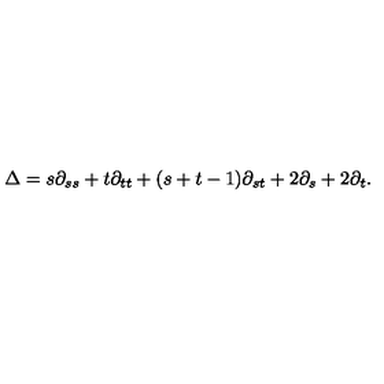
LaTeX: \Delta = s \partial _ { s s } + t \partial _ { t t } + ( s + t - 1 ) \partial _ { s t } + 2 \partial _ { s } + 2 \partial _ { t } .